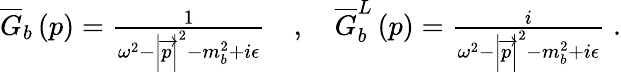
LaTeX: \begin{array}{r}{\overline{{G}}_{b}\left(p\right)=\frac{1}{\omega^{2}-\left\vert\overrightarrow{p}\right\vert^{2}-m_{b}^{2}+i\epsilon}\quad,\quad\overline{{G}}_{b}^{L}\left(p\right)=\frac{i}{\omega^{2}-\left\vert\overrightarrow{p}\right\vert^{2}-m_{b}^{2}+i\epsilon}\; .}\end{array}